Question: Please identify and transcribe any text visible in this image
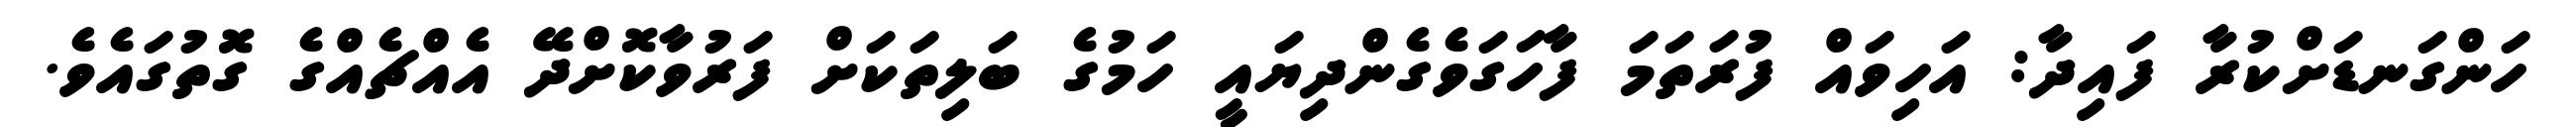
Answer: ހަންގަނޑަށްކުރާ ފައިދާ: އަހިވައް ފުރަތަމަ ފާހަގަވެގެންދިޔައީ ހަމުގެ ބަލިތަކަށް ފަރުވާކޮށްދޭ އެއްޗެއްގެ ގޮތުގައެވެ.